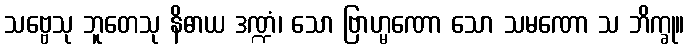
သဗ္ဗေသု ဘူတေသု နိဓာယ ဒဏ္ဍံ၊ သော ဗြာဟ္မဏော သော သမဏော သ ဘိက္ခု။